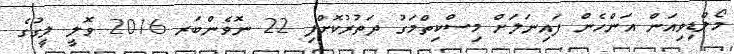
މޯލްޑިވިއަން އަންހެން ފައިނަލަށް މިސްކިތްމަގު ދަތުރުކޮށްފި 22 ނޮވެންބަރ 2016 ވޮލީ ލީގުގެ